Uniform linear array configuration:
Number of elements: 16
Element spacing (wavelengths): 1
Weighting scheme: cosine
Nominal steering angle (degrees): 60
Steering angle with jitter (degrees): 58.053
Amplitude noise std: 0.05
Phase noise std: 0.05

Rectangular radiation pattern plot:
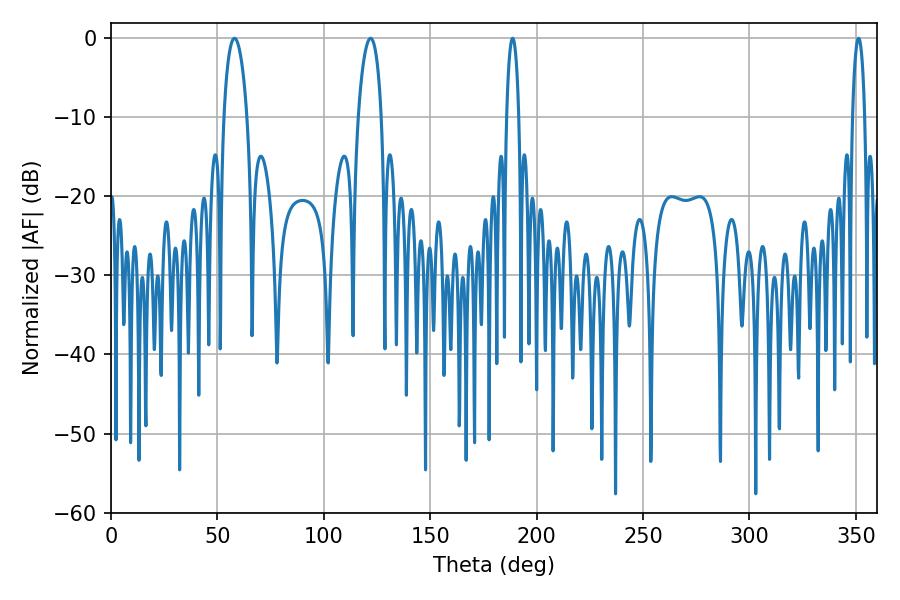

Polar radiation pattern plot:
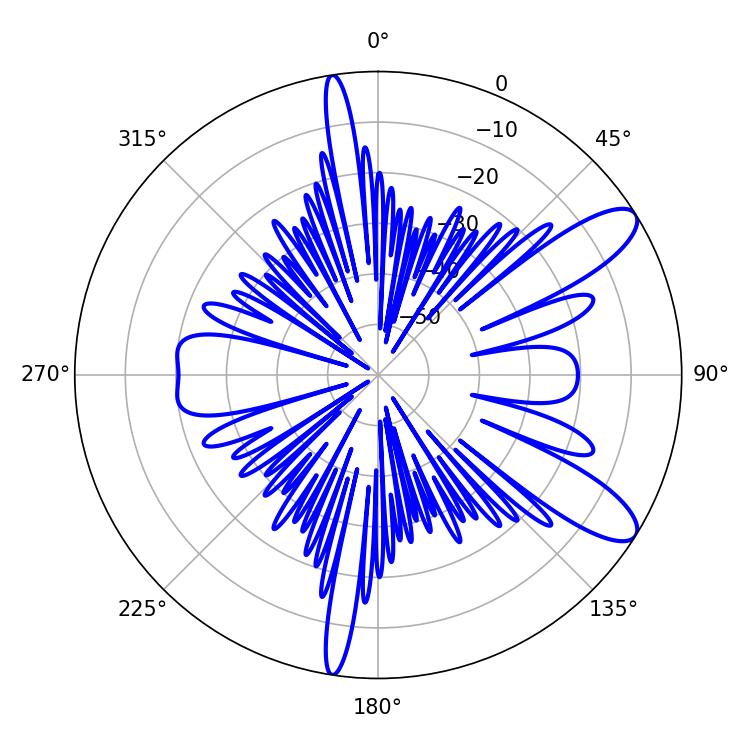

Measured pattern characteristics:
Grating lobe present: TRUE
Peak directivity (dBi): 10.447
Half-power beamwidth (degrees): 6.12
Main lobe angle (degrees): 57.96